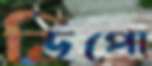
ডিপো